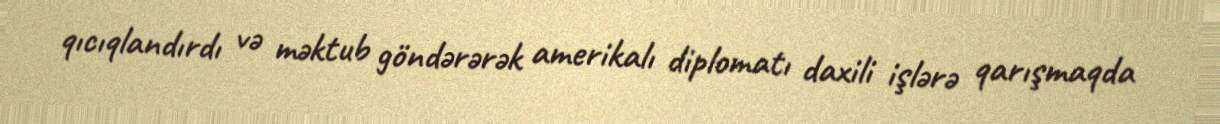
qıcıqlandırdı və məktub göndərərək amerikalı diplomatı daxili işlərə qarışmaqda